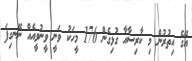
އޭގެ އިތުރުން މި ކާރިސާއާ ގުޅިގެން 176 މީހަކު ވަނީ ވީނުވީއެއް ނޭނގިފަ